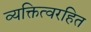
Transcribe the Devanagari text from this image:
व्यक्तित्वरहित